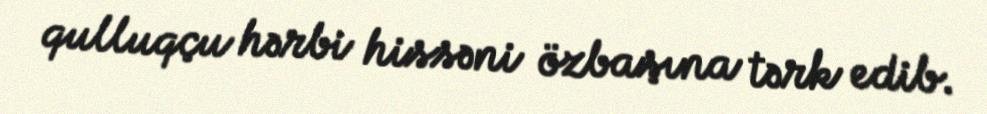
qulluqçu hərbi hissəni özbaşına tərk edib.